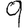
Digit: 9